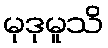
မုဒုမူသိ